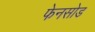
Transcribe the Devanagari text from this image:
फेनसोड